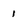
Character: 1